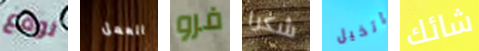
نوقع العمل فرو شكرا اتخيل شائك